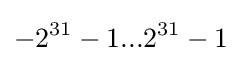
{-2}^{31}-1...2^{31}-1